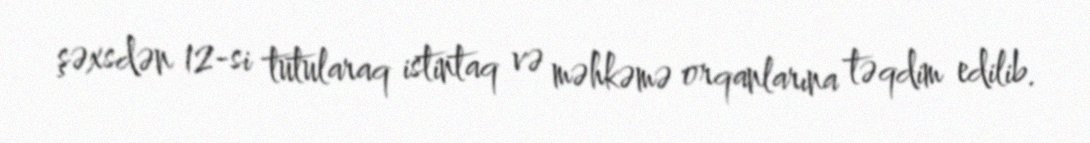
şəxsdən 12-si tutularaq istintaq və məhkəmə orqanlarına təqdim edilib.